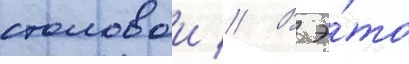
столовои // В э́то